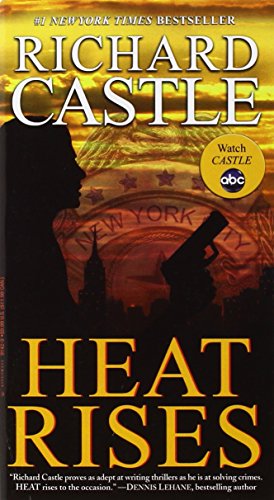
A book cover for Heat Rises; Richard Castle; Mystery, Thriller & Suspense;